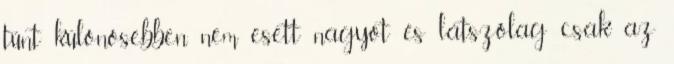
tűnt különösebben nem esett nagyot és látszólag csak az